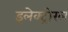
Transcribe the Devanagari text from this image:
इलेक्ट्रोरल